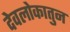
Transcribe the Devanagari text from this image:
देवलोकातुन